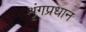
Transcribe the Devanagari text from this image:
शृंगप्रधान